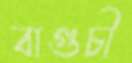
বাগুচী